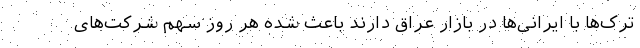
ترک‌ها با ایرانی‌ها در بازار عراق دارند باعث شده هر روز سهم شرکت‌های